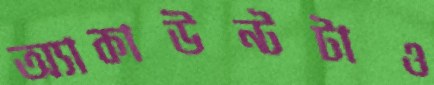
অ্যাকাউন্টটাও